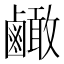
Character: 𪉿